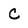
Character: C